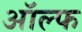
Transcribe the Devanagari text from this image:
ऑल्फ